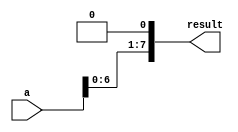
module leftshift(a,result); // left shift module
    input [7:0] a;
    output [7:0] result;
    
    assign result = a << 1; // left shift by 1
endmodule